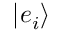
| e _ { i } \rangle